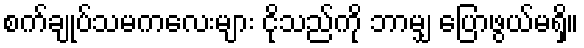
စက်ချုပ်သမကလေးများ ငိုသည်ကို ဘာမျှ ပြောဖွယ်မရှိ။